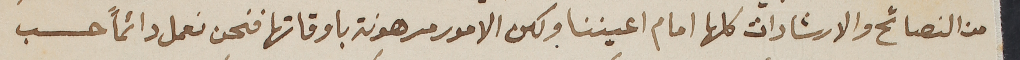
من النصائح والارشادات كلها امام اعيننا ولكن الامور مرهونة باوقاتها فنحن نعمل دائماً حسب